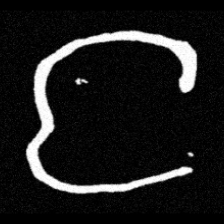
Pyu character \u2014 Myanmar letter: င (romanized: nga)